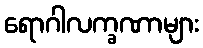
ရောဂါလက္ခဏာများ